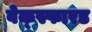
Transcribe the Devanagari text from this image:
वेक्स्फारड